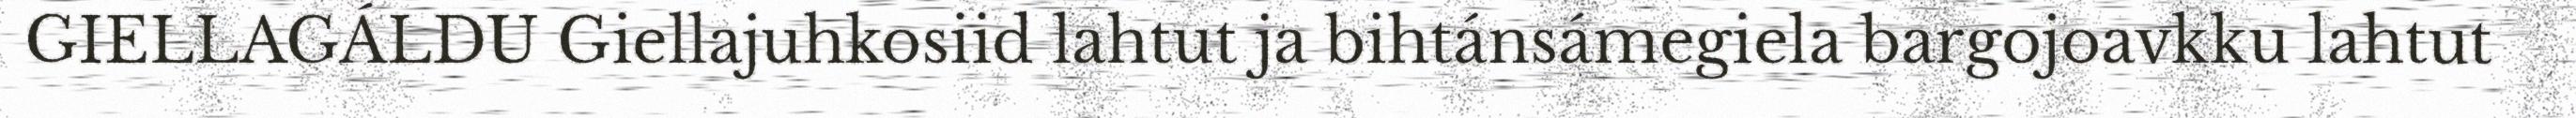
GIELLAGÁLDU Giellajuhkosiid lahtut ja bihtánsámegiela bargojoavkku lahtut